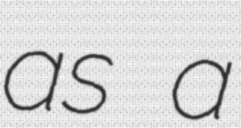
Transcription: as a